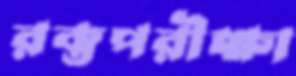
রক্তপরীক্ষা